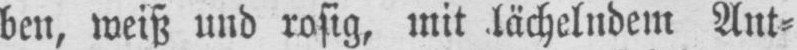
ben, weiß und rosig, mit lächelndem Ant⸗